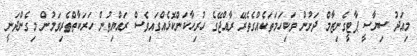
މިއަދު ސިޔާސީ ޕާޓީގެނިޒާމް ދަށުން ވަކިހަމަތަކެއްގެތެރޭ ރާއްޖޭގެ ހުރިހާކަންކޮޅެއްގައިވެސް ރައްޔިތުން ހަރަކާތްތެރިވަމުން މިގެންދަނީ